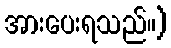
အားပေးရသည်။)